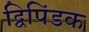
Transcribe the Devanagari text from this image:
द्विपिंडक